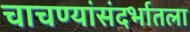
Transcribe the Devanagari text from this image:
चाचण्यांसंदर्भातला